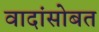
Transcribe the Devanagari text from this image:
वादांसोबत